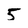
Character: 5